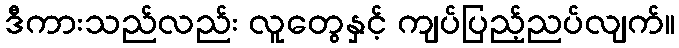
ဒီကားသည်လည်း လူတွေနှင့် ကျပ်ပြည့်ညပ်လျက်။